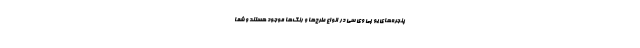
پنجره‌های یو پی وی سی در انواع طرح‌ها و رنگ‌ها موجود هستند و شما